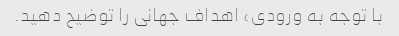
با توجه به ورودی، اهداف جهانی را توضیح دهید.